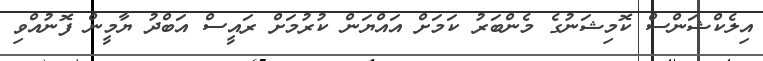
އިލެކްޝަންސް ކޮމިޝަނުގެ މެންބަރު ކަމަށް އައްޔަން ކުރުމަށް ރައީސް އަބްދު ޔާމީން ފޮނުއްވި